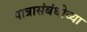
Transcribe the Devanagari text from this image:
पात्रासंबंधीच्या